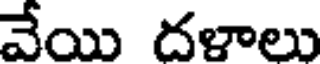
వేయి దళాలు